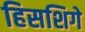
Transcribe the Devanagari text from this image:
हिसशिगे